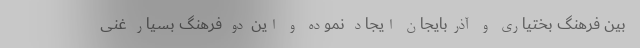
بین فرهنگ بختیاری و آذربایجان ایجاد نموده و این دو فرهنگ بسیار غنی